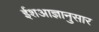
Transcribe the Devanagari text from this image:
ईशआज्ञानुसार